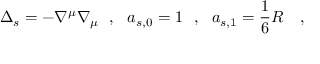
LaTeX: \Delta _ { s } = - \nabla ^ { \mu } \nabla _ { \mu } ~ ~ , ~ ~ a _ { s , 0 } = 1 ~ ~ , ~ ~ a _ { s , 1 } = \frac 1 6 R ~ ~ ~ ,